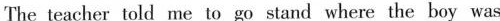
The teacher told me to go stand where the boy was